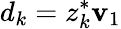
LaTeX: d_{k}=z_{k}^{*}\mathbf{v}_{1}